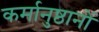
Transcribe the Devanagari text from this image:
कर्मानुष्ठानों